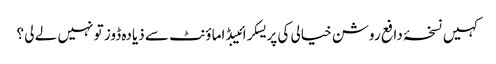
کہیں نسخۂ دافع روشن خیالی کی پریسکرائیبڈ اماؤنٹ سے ذیادہ ڈوز تو نہیں لے لی ؟